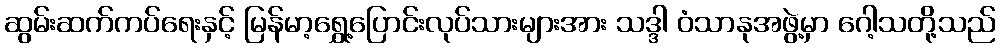
ဆွမ်းဆက်ကပ်ရေးနှင့် မြန်မာ့ရွှေ့ပြောင်းလုပ်သားများအား သဒ္ဒါ ဝံသာနုအဖွဲ့မှာ ဂေါ့သတို့သည်